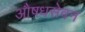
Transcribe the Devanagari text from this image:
औषधसेवन